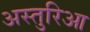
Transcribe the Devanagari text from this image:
अस्तुरिआ